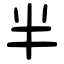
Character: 半